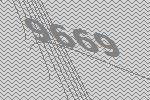
9669